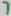
Text: 7